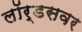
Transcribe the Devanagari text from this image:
लॉर्डसवर